Lunatic asylums Central Provinces reports 1886-1894 - 1886-1894
Year: 1886
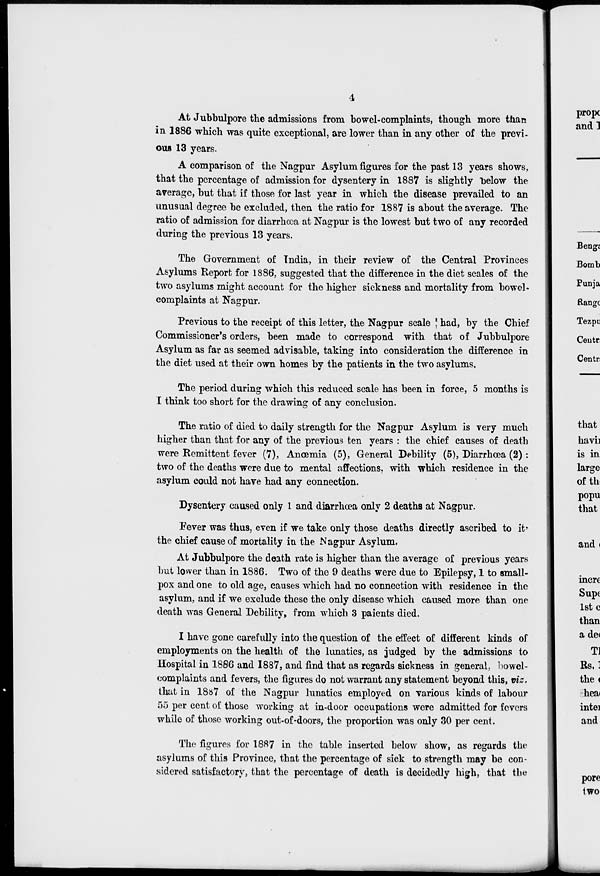
4
At Jubbulpore the admissions from bowel-complaints, though more than
in 1886 which was quite exceptional, are lower than in any other of the previ-
ous 13 years.
A comparison of the Nagpur Asylum figures for the past 13 years shows,
that the percentage of admission for dysentery in 1887 is slightly "below the
average, but that if those for last year in which the disease prevailed to an
unusual degree be excluded, then the ratio for 1887 is about the average. The
ratio of admission for diarrhœa at Nagpur is the lowest but two of any recorded
during the previous 13 years.
The Government of India, in their review of the Central Provinces
Asylums Report for 1886, suggested that the difference in the diet scales of the
two asylums might account for the higher sickness and mortality from bowel-
complaints at Nagpur.
Previous to the receipt of this letter, the Nagpur scale had, by the Chief
Commissioner's orders, been made to correspond with that of Jubbulpore
Asylum as far as seemed advisable, taking into consideration the difference in
the diet used at their own homes by the patients in the two asylums.
The period during which this reduced scale has been in force, 5 months is
I think too short for the drawing of any conclusion.
The ratio of died to daily strength for the Nagpur Asylum is very much
higher than that for any of the previous ten years : the chief causes of death
were Remittent fever (7), Anæmia (5), General Debility (5), Diarrhœa (2) :
two of the deaths were due to mental affections, with which residence in the
asylum could not have had any connection.
Dysentery caused only 1 and diarrhœa only 2 deaths at Nagpur.
Fever was thus, even if we take only those deaths directly ascribed to it'
the chief cause of mortality in the Nagpur Asylum.
At Jubbulpore the death rate is higher than the average of previous years
but lower than in 1886. Two of the 9 deaths were due to Epilepsy, 1 to small-
pox and one to old age, causes which had no connection with residence in the
asylum, and if we exclude these the only disease which caused more than one
death was General Debility, from which 3 paients died.
I have gone carefully into the question of the effect of different kinds of
employments on the health of the lunatics, as judged by the admissions to
Hospital in 1886 and 1887, and find that as regards sickness in general, bowel¬
complaints and fevers, the figures do not warrant any statement beyond this, viz.
that in 1887 of the Nagpur lunatics employed on various kinds of labour
55 per cent of those working at in-door occupations were admitted for fevers
while of those working out-of-doors, the proportion was only 30 per cent.
The figures for 1887 in the table inserted below show, as regards the
asylums of this Province, that the percentage of sick to strength may be con-
sidered satisfactory, that the percentage of death is decidedly high, that the